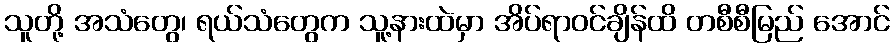
သူတို့ အသံတွေ၊ ရယ်သံတွေက သူ့နားထဲမှာ အိပ်ရာဝင်ချိန်ထိ တစီစီမြည် အောင်